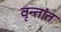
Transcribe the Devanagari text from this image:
वृन्तांत